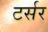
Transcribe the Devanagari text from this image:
टर्सर